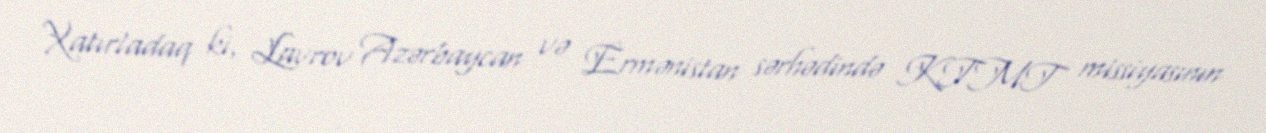
Xatırladaq ki, Lavrov Azərbaycan və Ermənistan sərhədində KTMT missiyasının